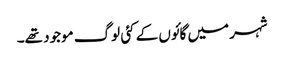
شہر میں گائوں کے کئی لوگ موجود تھے۔